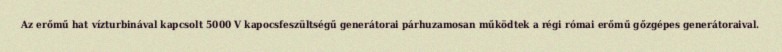
Az erőmű hat vízturbinával kapcsolt 5000 V kapocsfeszültségű generátorai párhuzamosan működtek a régi római erőmű gőzgépes generátoraival.